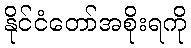
နိုင်ငံတော်အစိုးရကို